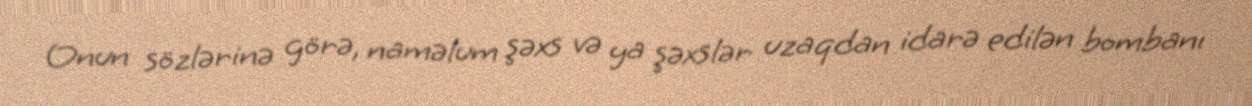
Onun sözlərinə görə, naməlum şəxs və ya şəxslər uzaqdan idarə edilən bombanı